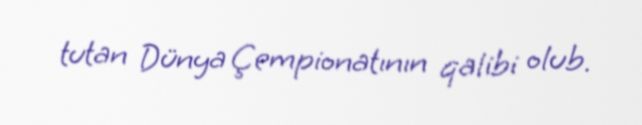
tutan Dünya Çempionatının qalibi olub.